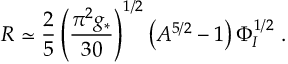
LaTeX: R \simeq \frac { 2 } { 5 } \left( \frac { \pi ^ { 2 } g _ { * } } { 3 0 } \right) ^ { 1 / 2 } \left( A ^ { 5 / 2 } - 1 \right) \Phi _ { I } ^ { 1 / 2 } \ .